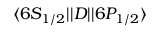
\ensuremath { \langle 6 S _ { 1 / 2 } | | } D \ensuremath { | | 6 P _ { 1 / 2 } \rangle }